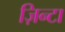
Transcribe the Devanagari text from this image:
ज़िन्टा